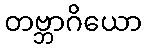
တဗ္ဘာဂိယော